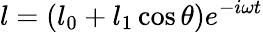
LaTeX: l=\left(l_{0}+l_{1}\cos\theta\right)e^{-i\omega t}